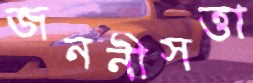
জননীসত্তা